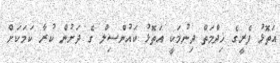
އަތޮޅު ފެރީގެ ޚިދްމަތް ދިނުމަކީ އަތޮޅު ކައުންސިލް ގެ ދަށުން ކުރާ ކަމަކަށް